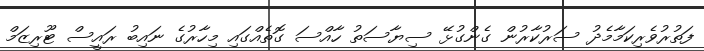
ފަތުރުވެރިކަމާމެދު ސަރުކާރުން ގެންގުޅޭ ސިޔާސަތު ހާއްސަ ގޮތެއްގައި މިހާރުގެ ނައިބު ރައީސް ޓޫރިޒަމް